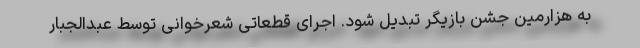
به هزارمین جشن بازیگر تبدیل شود. اجرای قطعاتی شعرخوانی توسط عبدالجبار